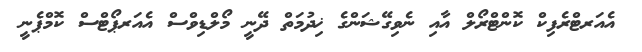
އެއަރޓްރެފިކް ކޮންޓްރޯލް އާއި ނެވިގޭޝަންގެ ޚިދުމަތް ދޭނީ މޯލްޑިވްސް އެއަރޕޯޓްސް ކޮމްޕެނީ